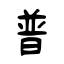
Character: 普